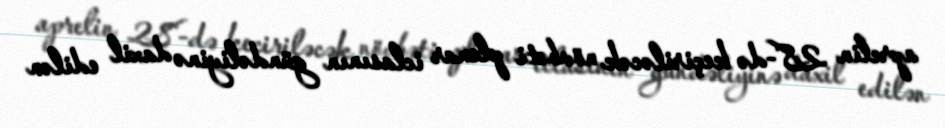
aprelin 28-də keçiriləcək növbəti plenar iclasının gündəliyinə daxil edilən